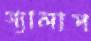
গ্যালাপ